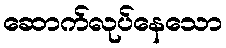
ဆောက်လုပ်နေသော